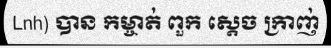
Lnh) បាន កម្ចាត់ ពួក ស្តេច ក្រាញ់